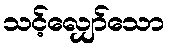
သင့်လျှော်သော